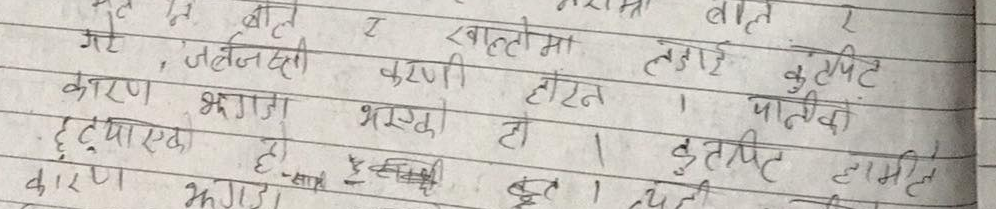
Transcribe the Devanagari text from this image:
गरे, जबर्जस्ती करनी होइन । कुटपिट पाटीका
कारण झगडा भएको हो । कुटपिट हामीले
हटाईएको हो । त्यसै कारण झगडा